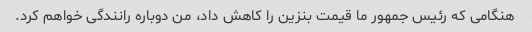
هنگامی که رئیس جمهور ما قیمت بنزین را کاهش داد، من دوباره رانندگی خواهم کرد.